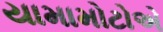
યામામોટોએ